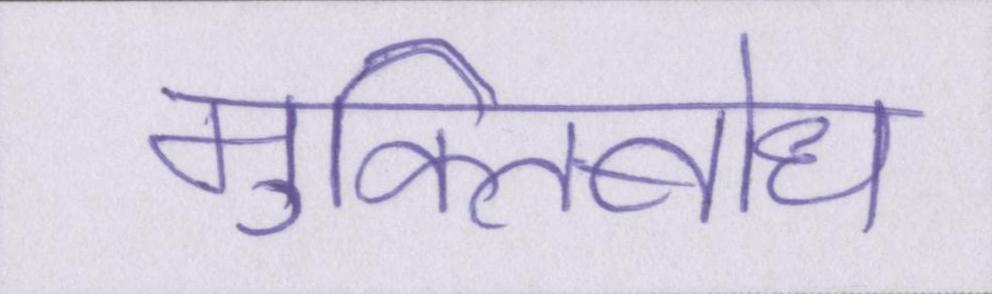
मुक्तिबोध